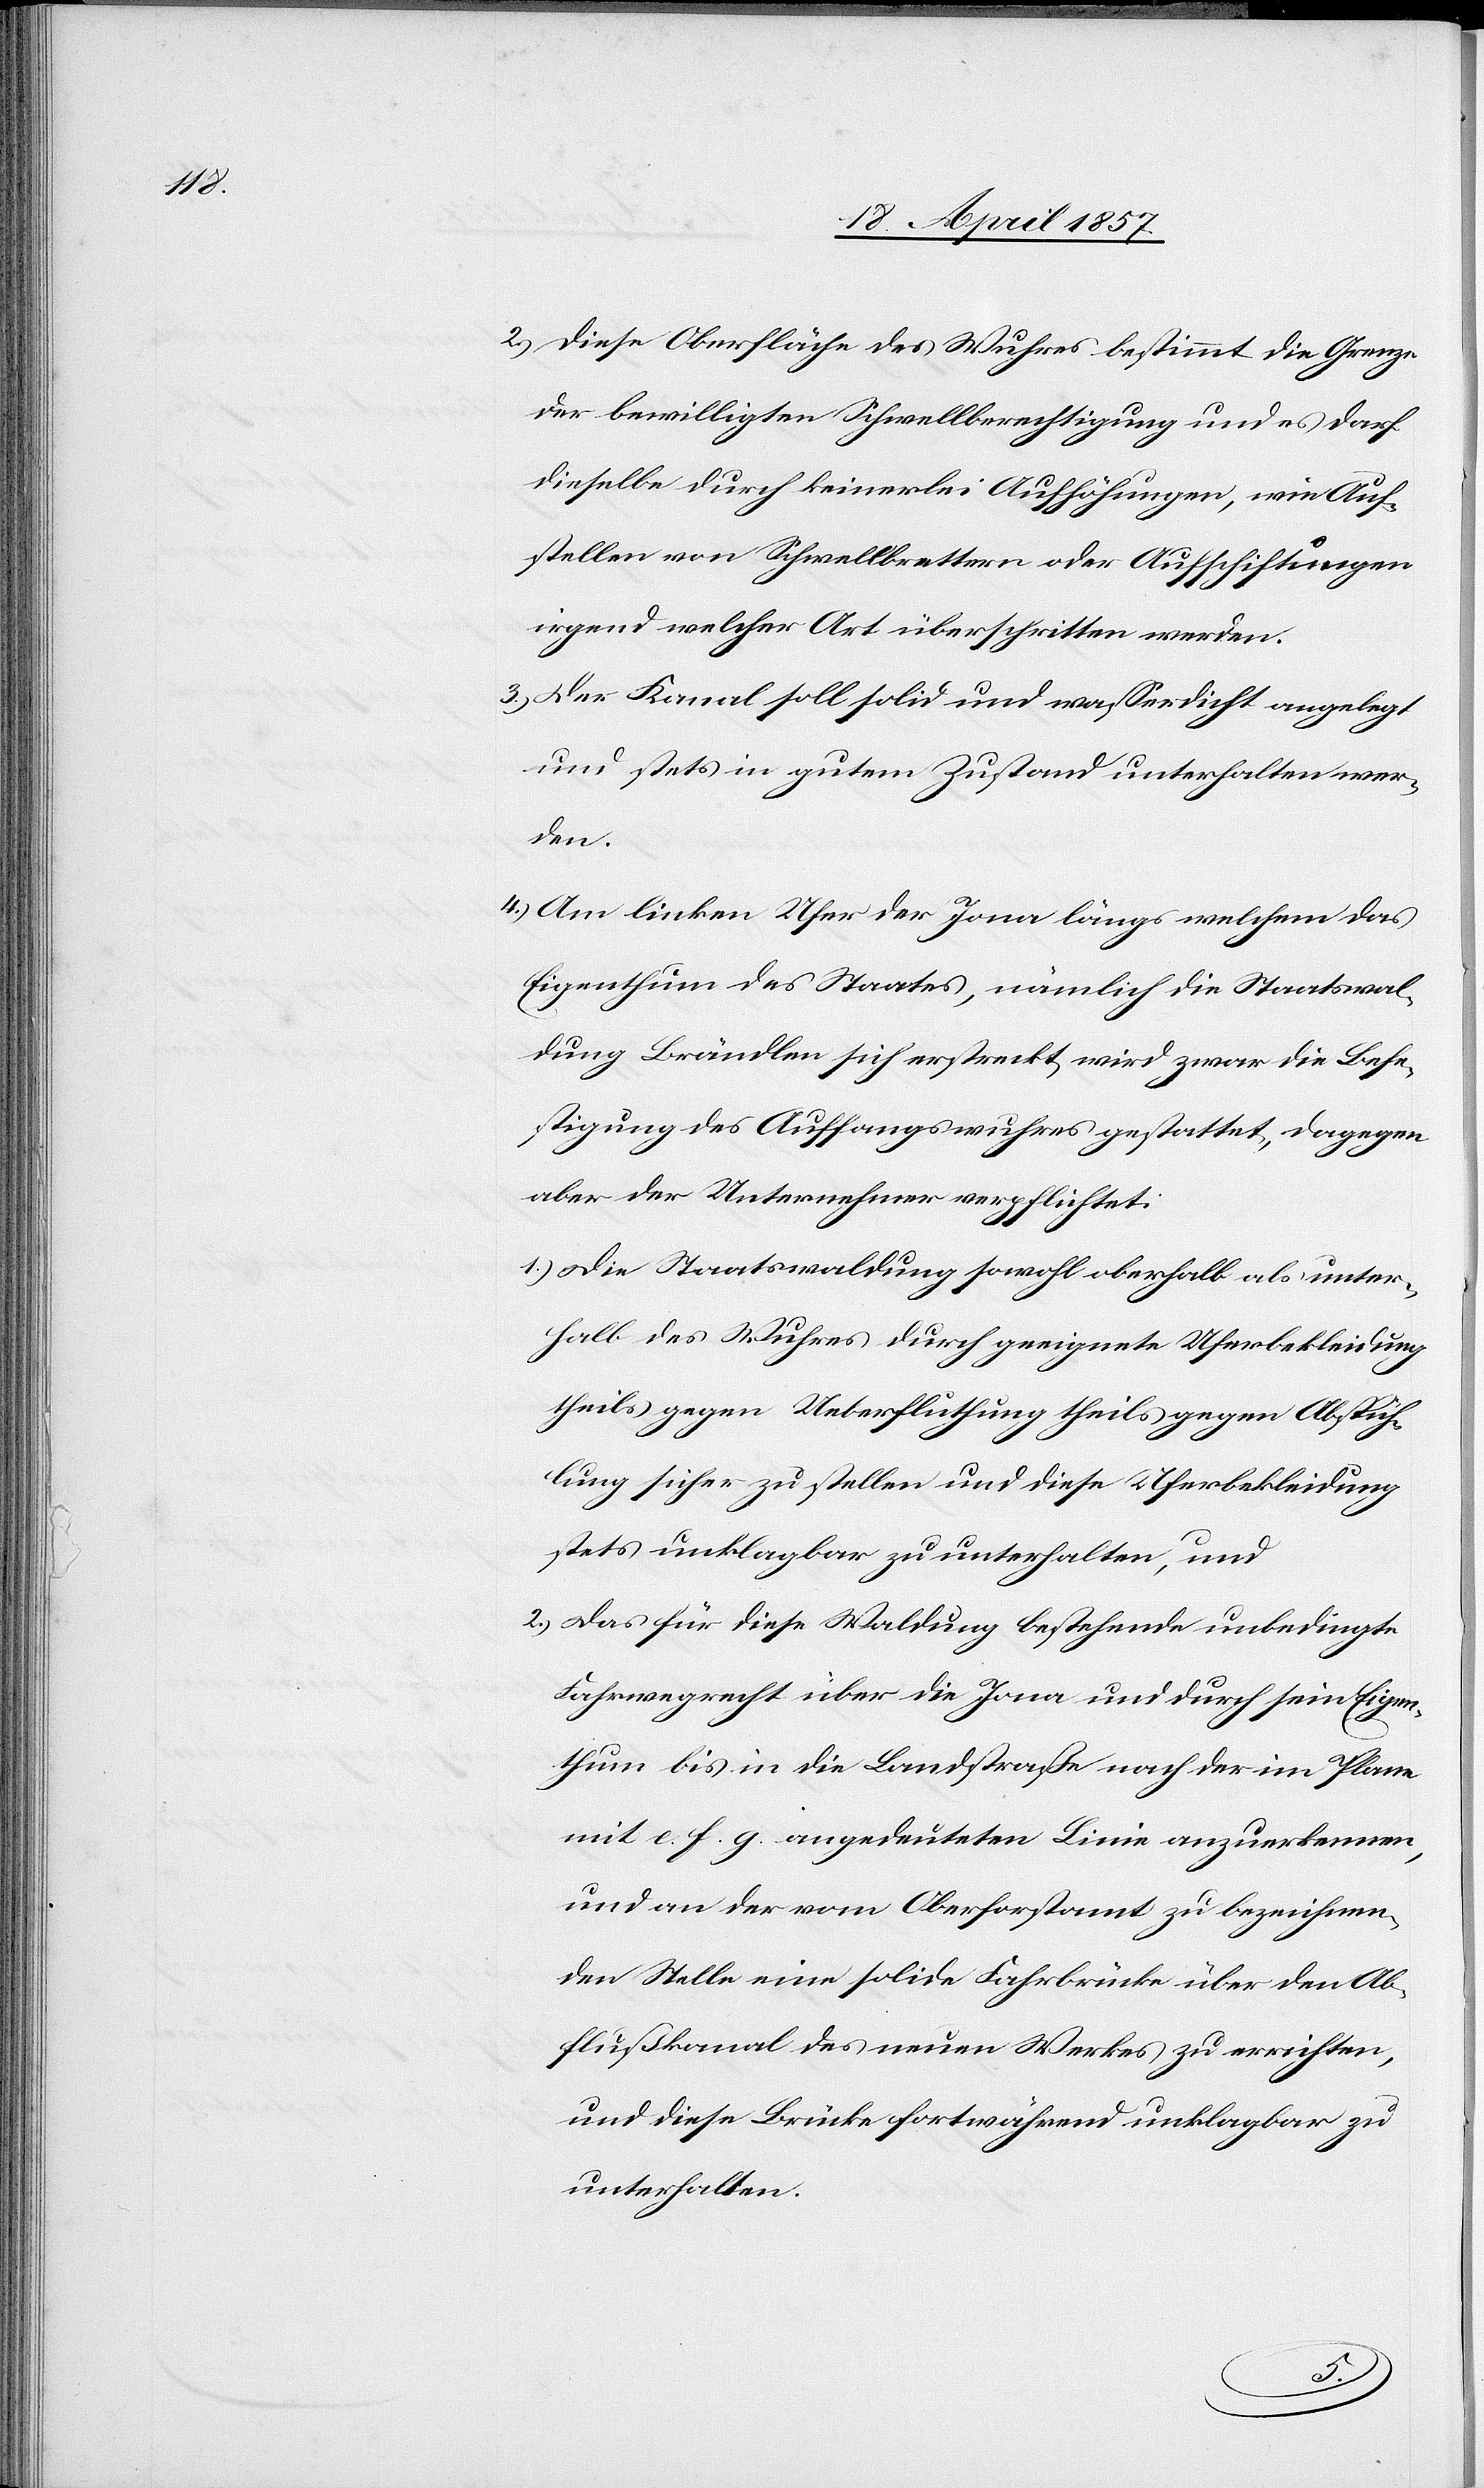
2.) Diese Oberfläche des Wuhres bestimmt die Grenze
der bewilligten Schwellberechtigung und es darf
dieselbe durch keinerlei Aufhöhungen, wie Auf¬
stellen von Schwellbrettern oder Aufschichtungen
irgend welcher Art überschritten werden.
3.) Der Kanal soll solid und wasserdicht angelegt
und stets in gutem Zustand unterhalten wer¬
den.
4.) Am linken Ufer der Jona längs welchem das
Eigenthum des Staates, nämlich die Staatswal¬
dung Brändlen sich erstreckt, wird zwar die Befe¬
stigung des Auffangswuhres gestattet, dagegen
aber der Unternehmer verpflichtet:
1.) Die Staatswaldung sowohl oberhalb als unter¬
halb des Wuhres durch geeignete Uferbekleidung
theils gegen Ueberfluthung theils gegen Abspüh¬
lung sicher zu stellen und diese Uferbekleidung
stets unklagbar zu unterhalten, und
2.) Das für diese Waldung bestehende unbedingte
Fahrwegrecht über die Jona und durch sein Eigen¬
thum bis in die Landstraße nach der im Plane
mit e. f. g. angedeuteten Linie anzuerkennen,
und an der vom Oberforstamt zu bezeichnen¬
den Stelle eine solide Fahrbrücke über den Ab¬
flußkanal des neuen Werkes zu errichten,
und diese Brücke fortwährend unklagbar zu
unterhalten.